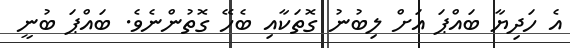
އެ ހަދިޔާ ބައްޕަ އަށް ލިބުނު ގޮތަކާއި ބެހޭ ގޮތުންނެވެ. ބައްޕަ ބުނީ